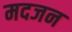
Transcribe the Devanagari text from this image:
मदजन